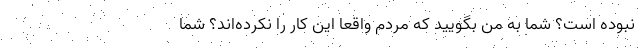
نبوده است؟ شما به من بگویید که مردم واقعا این کار را نکرده‌اند؟ شما